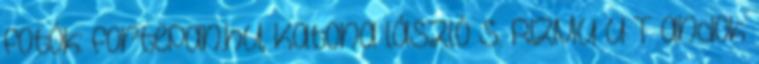
fotók: fortepan.hu, Katona lászló S. RIZMU U T andok